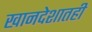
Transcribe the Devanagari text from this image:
खानदेशातही